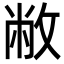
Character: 敝